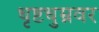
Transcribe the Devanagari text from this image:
धृष्टधुम्नवर